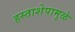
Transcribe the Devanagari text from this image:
हस्ताशेपामुळे